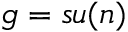
{ \mathfrak { g } } = { \mathfrak { s u } } ( n )